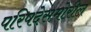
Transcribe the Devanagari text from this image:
परिषदेसमोरील